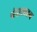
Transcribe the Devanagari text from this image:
चंदासाहब